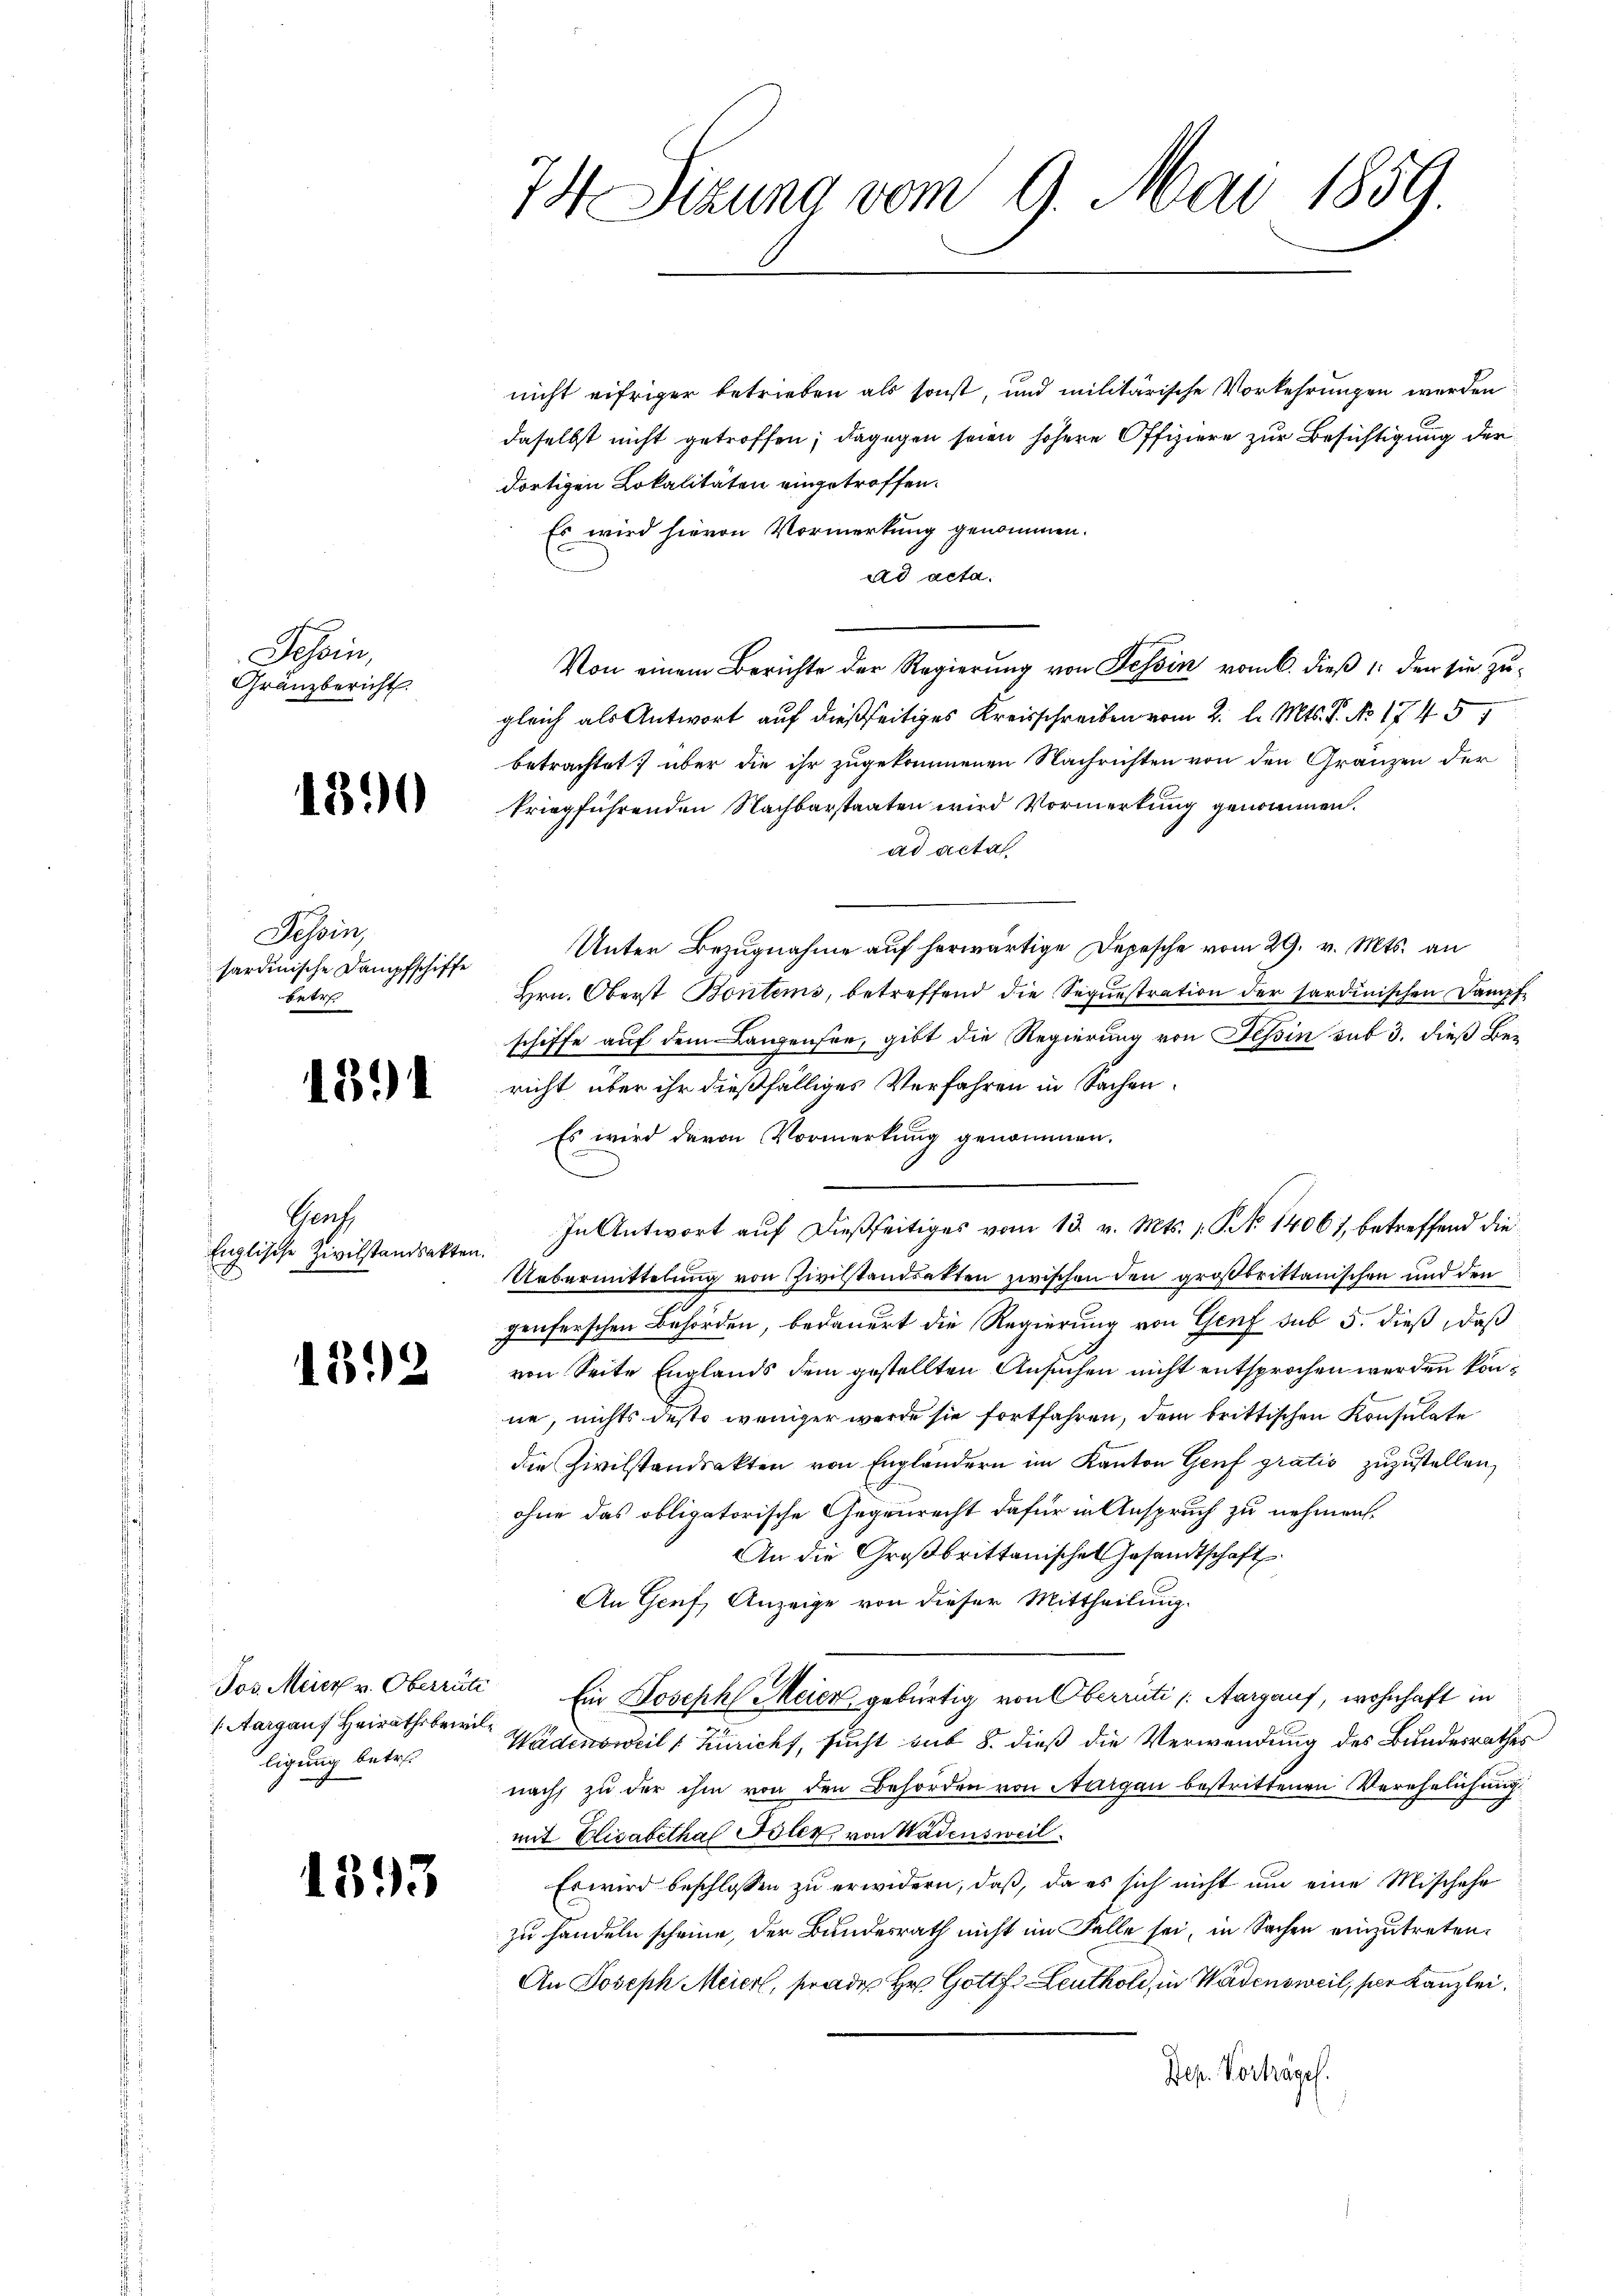
Tessin,
Gränzbericht

1890

Tessin,
sardinische Dampfschiffe
Petr

1391

Grach
Englische Zivilstandsakten
E

1312

Jos. Meier v. Oberrate
 Aargauf Heirathsbewil
ligung betret

1393

74 Sizung vom 9. Mai 1859.

nicht eifriger betrieben als sonst, und militärische Vorkehrungen werden
daselbst nicht getroffen; dagegen seien höhere Offiziere zur Besichtigung der
dortigen Lokalitäten eingetroffen.
Es wird hievon Vormerkung genommen.
ad acta.
Von einem Berichte der Regierung von Tessin vom 6. dieß 1 den sie zugleich als Antwort auf dießseitiges Kreisschreiben vom 2. l. Mts. P. No 17451
betrachtet über die ihr zugekommenen Nachrichten von den Gränzen der
kriegführenden Nachbarstaaten wird Vormerkung genommen.
ad acta
Unter Bezugnahme auf herwärtige Depesche vom 29. v. Mts. an
Hrn. Oberst Bontems, betreffend die Sequestration der sardinischen Dampfe
schiffe auf dem Langensee, gibt die Regierung von Tessin sub 3. dieß Bericht über ihr dießfälliges Verfahren in Sachen.
Es wird davon Vormerkung genommen.
Uebermittelung von Zivilstandsakten zwischen den großbrittanischen und den
genferschen Behörden, bedauert die Regierung von Genf sub 5. dieß, daß
von Seite Englands dem gestellten Ansuchen nicht entsprochen werden könne, nichts desto weniger werde sie fortfahren, dem brittischen Konsulate
die Zivilstandsakten von Engländern im Kanton Genf gratis zuzustellen,
ohne das obligatorische Gegenrecht dafür in Anspruch zu nehmen.
An die Großbrittanische Gesandtschaft.
An Genf, Anzeige von dieser Mittheilung.
Ein Joseph Meier, gebürtig von Oberrüti (Aargauf, wohnhaft in
Wädensweil Züricht, sucht sub 8. dieß die Verwendung des Bundesrathes
nach, zu der ihm von den Behörden von Aargau bestrittenen Verehelichung
mit Elisabethal Toler von Wädensweil
Es wird beschlossen zu erwidern, daß, da es sich nicht um eine Mischehe
zu handeln scheine, der Bundesrath nicht im Falle sei, in Sachen einzutreten.
An Joseph Meierl, frades Hr. Gottf. Leuthold, in Wadensweil, sie Kanzlei.
Sep. Vorhägel.

In Antwort auf dießseitiges vom 13. v. Mts. 1. No 14061, betreffend die